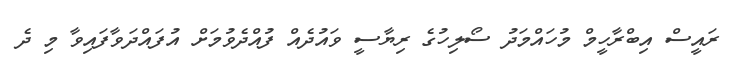
ރައީސް އިބްރާހީމް މުހައްމަދު ސޯލިހުގެ ރިޔާސީ ވައުދެއް ފުއްދެވުމަށް އުފައްދަވާފައިވާ މި ދެ